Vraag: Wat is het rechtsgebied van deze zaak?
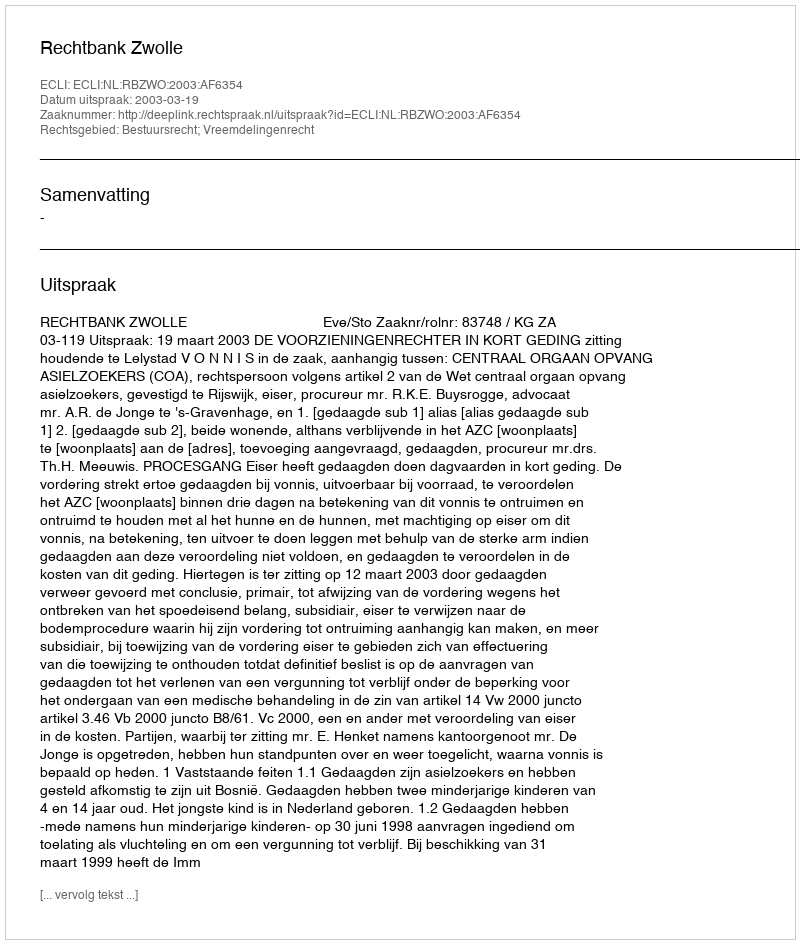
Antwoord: Bestuursrecht; Vreemdelingenrecht